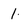
Character: 1